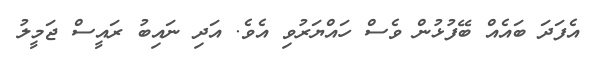
އެފަދަ ބައެއް ބޭފުޅުން ވެސް ހައްޔަރުވި އެވެ. އަދި ނައިބު ރައީސް ޖަމީލު